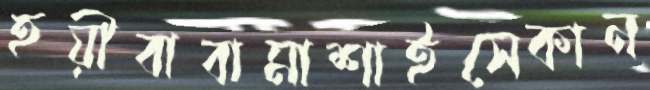
হয়ীবাবামাশাইসেকান